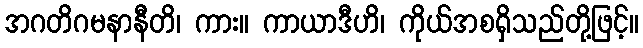
အဂတိဂမနာနီတိ၊ ကား။ ကာယာဒီဟိ၊ ကိုယ်အစရှိသည်တို့ဖြင့်။